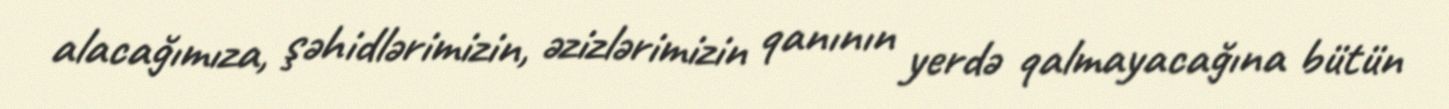
alacağımıza, şəhidlərimizin, əzizlərimizin qanının yerdə qalmayacağına bütün